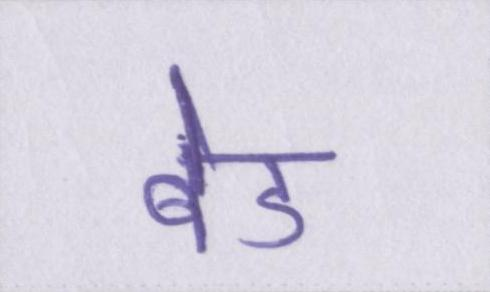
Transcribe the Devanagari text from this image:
बेड